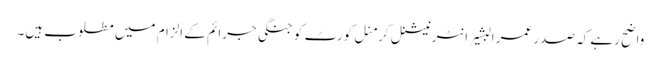
واضح رہے کہ صدر عمر البشیر انٹرنیشنل کرمنل کورٹ کو جنگی جرائم کے الزام میں مطلوب ہیں۔